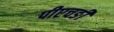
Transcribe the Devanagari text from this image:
पीएचङी